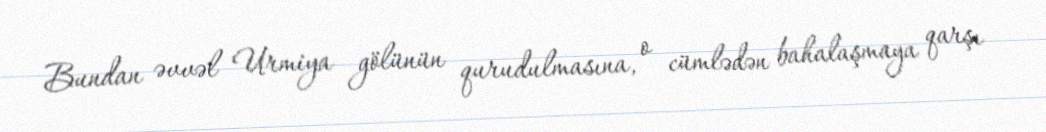
Bundan əvvəl Urmiya gölünün qurudulmasına, o cümlədən bahalaşmaya qarşı